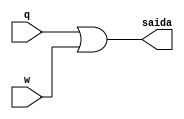
//...............
//Exemplo0015 - OR
//Nome: Mateus Lima Batista
//...............

module or2gate( output saida, input q,w);
assign saida = q|w;
endmodule

module orgate(output s, input a,b,c);
assign s = ((a|b)|c);
endmodule

//.......... teste

module testeorgate;
reg a,b,c;
wire s,s1;

or2gate OR1(s1,a,b);
or2gate OR2(s,s1,c);

initial begin:start
a = 0;
b = 0;
c = 0;
end
initial begin:main
$display("Exemplo0015 - Mateus Lima Batista - 451410");
$display("Test OR gate");
$display("\na&b&c = s\n");
$monitor("%b|%b|%b  = %b",a,b,c,s);
#1 a = 0; b = 0; c = 1;
#1 a = 0; b = 1; c = 0;
#1 a = 0; b = 1; c = 1;
#1 a = 1; b = 0; c = 0;
#1 a = 1; b = 0; c = 1;
#1 a = 1; b = 1; c = 0;
#1 a = 1; b = 1; c = 1;
end
endmodule